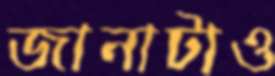
জানাটাও